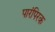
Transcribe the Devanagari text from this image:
पारंपिरक